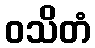
ဝသိတံ